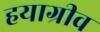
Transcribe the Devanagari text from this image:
हयाग्रीव